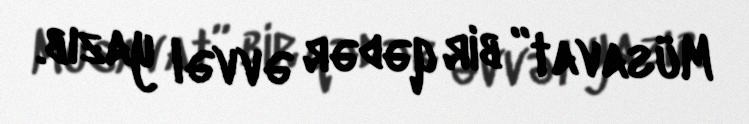
Müsavat” bir qədər əvvəl yazıb.